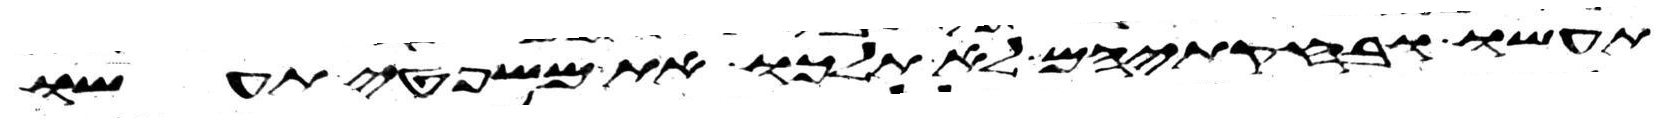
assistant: תעשו ובחקתיהם לא תלכו את משפטי תעשו